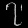
Digit: ၇